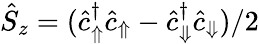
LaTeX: \hat{S}_{z}=(\hat{c}_{\Uparrow}^{\dagger}\hat{c}_{\Uparrow}-\hat{c}_{\Downarrow}^{\dagger}\hat{c}_{\Downarrow})/2